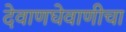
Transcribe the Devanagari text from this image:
देवाणघेवाणीचा